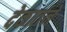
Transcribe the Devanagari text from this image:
देकार्तने